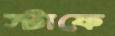
স্টাফে